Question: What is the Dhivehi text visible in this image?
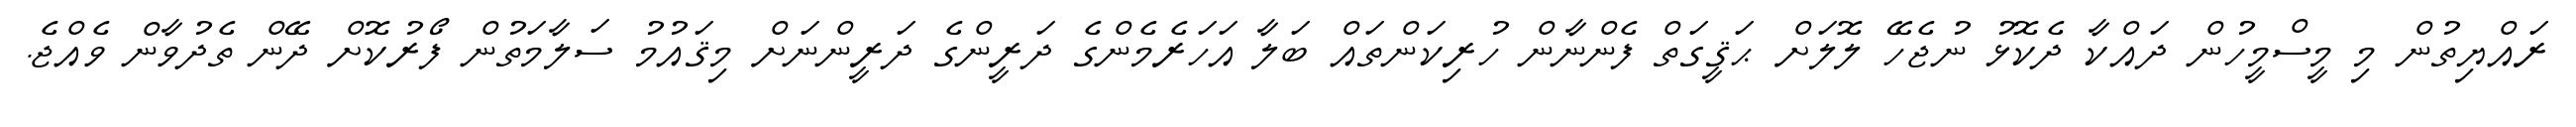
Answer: ރައްޔިތުން މި މީސްމީހުން ދައްކާ ދެކޮޅު ނުޖެހޭ ލޮލަށް ޙަޤީގަތް ފެންނާން ހުރިކަންތައް ބަލާ އަހަރެމެންގެ ދަރީންގެ ދަރީންނަށް މިޤައުމު ސަލާމަތުން ފޯރުކޮށް ދޭން ތެދުވާން ވެއްޖެ.